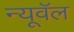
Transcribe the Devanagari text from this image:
न्यूवॅल